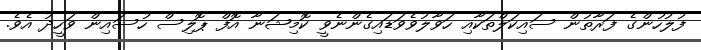
ފުލުހުންގެ ފަރާތުން ސައިކަލްތަކާއި ހަވާލުވެވަޑައިގެންނެވީ ކޮމިޝަނާ އޮފް ޕޮލިސް ހުސައިން ވަހީދު އެވެ.